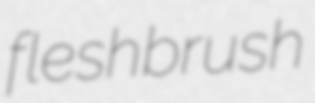
fleshbrush